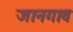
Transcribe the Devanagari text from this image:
जानगाव